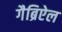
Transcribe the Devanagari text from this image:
गैब्रिऐल